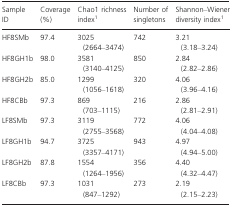
<table><thead><tr><td><b>Sample ID</b></td><td><b>Coverage (%)</b></td><td><b>Chao1 richness index1</b></td><td><b>Number of singletons</b></td><td><b>Shannon–Wiener diversity index1</b></td></tr></thead><tbody><tr><td>HF8SMb</td><td>97.4</td><td>3025 (2664–3474)</td><td>742</td><td>3.21 (3.18–3.24)</td></tr><tr><td>HF8GH1b</td><td>98.0</td><td>3581 (3140–4125)</td><td>850</td><td>2.84 (2.82–2.86)</td></tr><tr><td>HF8GH2b</td><td>85.0</td><td>1299 (1056–1618)</td><td>320</td><td>4.06 (3.96–4.16)</td></tr><tr><td>HF8CBb</td><td>97.3</td><td>869 (703–1115)</td><td>216</td><td>2.86 (2.81–2.91)</td></tr><tr><td>LF8SMb</td><td>97.3</td><td>3119 (2755–3568)</td><td>772</td><td>4.06 (4.04–4.08)</td></tr><tr><td>LF8GH1b</td><td>94.7</td><td>3725 (3357–4171)</td><td>943</td><td>4.97 (4.94–5.00)</td></tr><tr><td>LF8GH2b</td><td>87.8</td><td>1554 (1264–1956)</td><td>356</td><td>4.40 (4.32–4.47)</td></tr><tr><td>LF8CBb</td><td>97.3</td><td>1031 (847–1292)</td><td>273</td><td>2.19 (2.15–2.23)</td></tr></tbody></table>